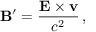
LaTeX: \mathbf { B } ^ { \prime } = { \frac { \mathbf { E } \times \mathbf { v } } { c ^ { 2 } } } \, ,